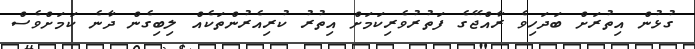
ގުޅުން އިތުރަށް ބަދަހިވެ ރާއްޖޭގެ ފަތުރުވެރިކަމަށް އިތުރު ކުރިއެރުންތަކެއް ލިބިގެން ދާނެ ކަމަށްވެސް